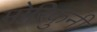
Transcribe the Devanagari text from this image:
मोरिकुनी